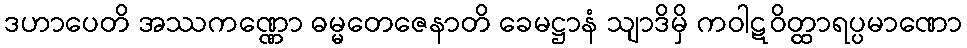
ဒဟာပေတိ အဿကဏ္ဏော ဓမ္မတေဇေနာတိ ခေမဋ္ဌာနံ သျာဒိမှိ ကဝါဋဝိတ္ထာရပ္ပမာဏော